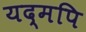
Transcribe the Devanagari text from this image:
यद्मपि